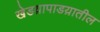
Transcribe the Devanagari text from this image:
खेडय़ापाडय़ातील